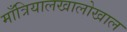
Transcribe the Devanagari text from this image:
माँत्रियालखालोखाल